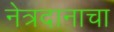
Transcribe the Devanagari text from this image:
नेत्रदानाचा